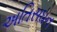
અતિસઘન